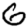
Digit: 6